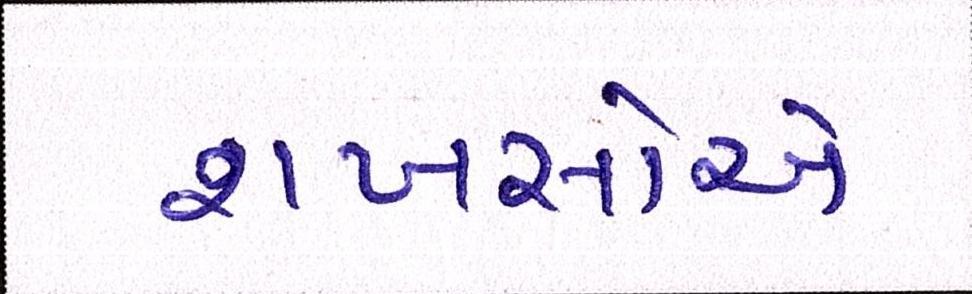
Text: શખસોએ